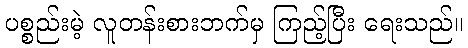
ပစ္စည်းမဲ့ လူတန်းစားဘက်မှ ကြည့်ပြီး ရေးသည်။